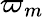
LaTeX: \varpi_{m}